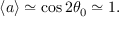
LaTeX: \langle a \rangle \simeq \cos 2 \theta _ { 0 } \simeq 1 .